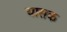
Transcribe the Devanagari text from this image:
यासक